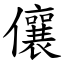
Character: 儴